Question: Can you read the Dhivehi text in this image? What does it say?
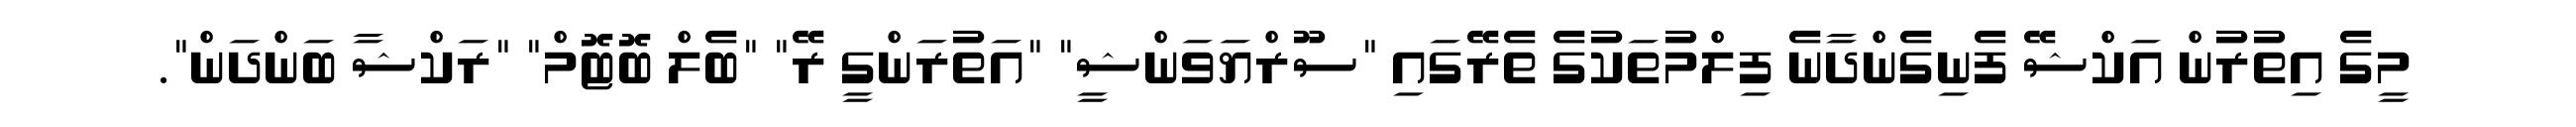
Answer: މީގެ އިތުރުން އަކްޝޭ ފެނިގެންދާނެ ފިލްމުތަކުގެ ތެރޭގައި "ސޫރްޔަވަންޝީ" "އަތުރަންގީ ރޭ" "ބެލް ބޮޓޮމް" "ރަކްޝާ ބަންދަން".